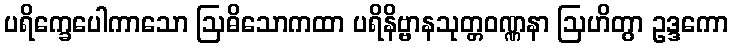
ပရိက္ခေပေါကာသော ဩဓိသောကထာ ပရိနိဗ္ဗာနသုတ္တဝဏ္ဏနာ ဩဟိတွာ ဥဒ္ဒကော